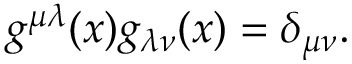
g ^ { \mu \lambda } ( x ) g _ { \lambda \nu } ( x ) = \delta _ { \mu \nu } .